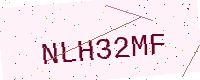
Text: NLH32MF